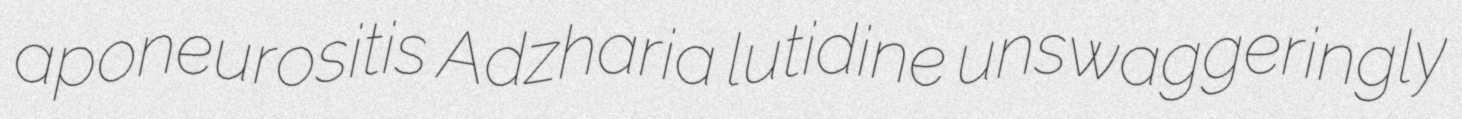
aponeurositis Adzharia lutidine unswaggeringly